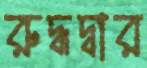
রুদ্ধদ্বার